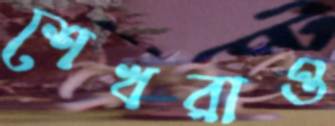
শেখরাও